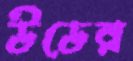
উডের